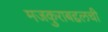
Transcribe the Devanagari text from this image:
मजकुराबद्दलची